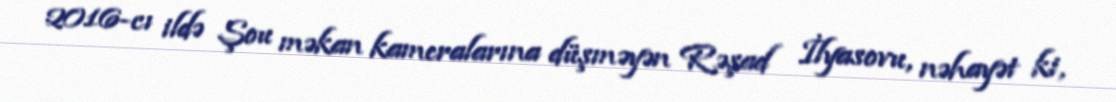
2016-cı ildə Şou məkan kameralarına düşməyən Rəşad İlyasovu, nəhayət ki,